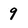
Character: 9